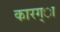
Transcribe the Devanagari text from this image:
कारग्ा